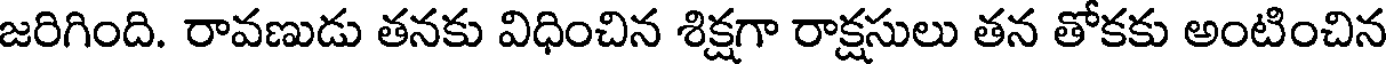
జరిగింది. రావణుడు తనకు విధించిన శిక్షగా రాక్షసులు తన తోకకు అంటించిన